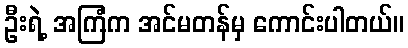
ဦးရဲ့ အကြံက အင်မတန်မှ ကောင်းပါတယ်။